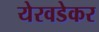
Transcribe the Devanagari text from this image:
येरवडेकर